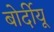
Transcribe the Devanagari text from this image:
बोर्दीयू